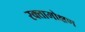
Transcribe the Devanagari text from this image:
रक्तामोक्षण